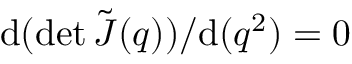
\mathrm { d } ( \operatorname* { d e t } \tilde { \boldsymbol J } ( \boldsymbol q ) ) / \mathrm { d } ( \boldsymbol q ^ { 2 } ) = 0